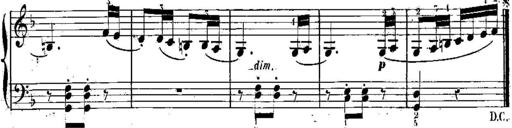
Title: 3 Piano Sonatines
Composer: Jacques-Louis Battmann
Key: C major
 G major
 F major